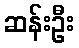
ဆန်းဦး